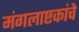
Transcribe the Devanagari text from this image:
मंगलाष्टकांचे